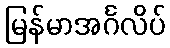
မြန်မာအင်္ဂလိပ်